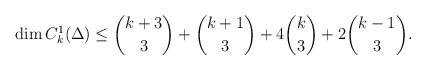
LaTeX: \begin{align*}\dim C_k^1(\Delta)\leq \binom{k+3}{3}+\binom{k+1}{3}+4\binom{k}{3}+2\binom{k-1}{3}.\end{align*}